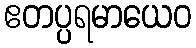
ဧတပ္ပရမာယေဝ